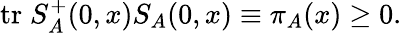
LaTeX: \mathrm{tr}\; S_{A}^{+}(0,x)S_{A}(0,x)\equiv\pi_{A}(x)\geq 0.